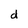
Character: d